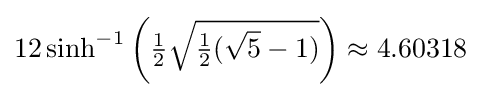
12\sinh ^{-1}\left({\tfrac {1}{2}}{\sqrt {{\tfrac {1}{2}}({\sqrt {5}}-1)}}\right)\approx 4.60318